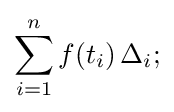
\sum _{i=1}^{n}f(t_{i})\,\Delta _{i};